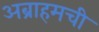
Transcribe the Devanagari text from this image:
अब्राहमची